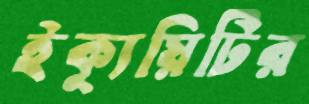
ইক্যুয়িটির